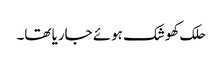
حلک کھوشک ہوئے جاریا تھا۔